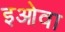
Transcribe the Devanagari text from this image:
इओवा